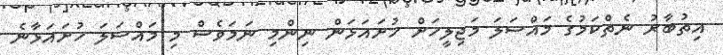
އިތުބާރު ނެތްކަމުގެ މައްސަލަ މަޖިލީހަށް ހުށައަޅަން ނިންމި ނަމަވެސް މި މައްސަލަ ހުށައަޅާނެ